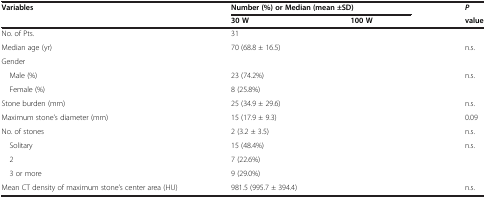
<table><thead><tr><td rowspan="2"><b>Variables</b></td><td colspan="2"><b>Number (%) or Median (mean ±SD)</b></td><td><b><i>P</i></b></td></tr><tr><td><b>30 W</b></td><td><b>100 W</b></td><td><b>value</b></td></tr></thead><tbody><tr><td>No. of Pts.</td><td>31</td><td>[EMPTY_CELL]</td><td>[EMPTY_CELL]</td></tr><tr><td>Median age (yr)</td><td>70 (68.8 ± 16.5)</td><td>[EMPTY_CELL]</td><td>n.s.</td></tr><tr><td>Gender</td><td>[EMPTY_CELL]</td><td>[EMPTY_CELL]</td><td>[EMPTY_CELL]</td></tr><tr><td> Male (%)</td><td>23 (74.2%)</td><td>[EMPTY_CELL]</td><td rowspan="2">n.s.</td></tr><tr><td> Female (%)</td><td>8 (25.8%)</td><td>[EMPTY_CELL]</td></tr><tr><td>Stone burden (mm)</td><td>25 (34.9 ± 29.6)</td><td>[EMPTY_CELL]</td><td>n.s.</td></tr><tr><td>Maximum stone’s diameter (mm)</td><td>15 (17.9 ± 9.3)</td><td>[EMPTY_CELL]</td><td>0.09</td></tr><tr><td>No. of stones</td><td>2 (3.2 ± 3.5)</td><td>[EMPTY_CELL]</td><td>n.s.</td></tr><tr><td> Solitary</td><td>15 (48.4%)</td><td>[EMPTY_CELL]</td><td rowspan="3">n.s.</td></tr><tr><td> 2</td><td>7 (22.6%)</td><td>[EMPTY_CELL]</td></tr><tr><td> 3 or more</td><td>9 (29.0%)</td><td>[EMPTY_CELL]</td></tr><tr><td>Mean CT density of maximum stone’s center area (HU)</td><td>981.5 (995.7 ± 394.4)</td><td>[EMPTY_CELL]</td><td>n.s.</td></tr></tbody></table>